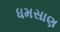
ધમસાણ